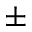
\pm